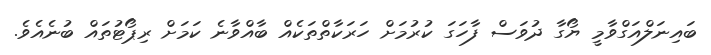
ބައިނަލްއަގްވާމީ ޔޯގާ ދުވަސް ފާހަގަ ކުރުމަށް ހަރަކާތްތަކެއް ބާއްވާނެ ކަމަށް ރިޕޯޓުތައް ބުނެއެވެ.